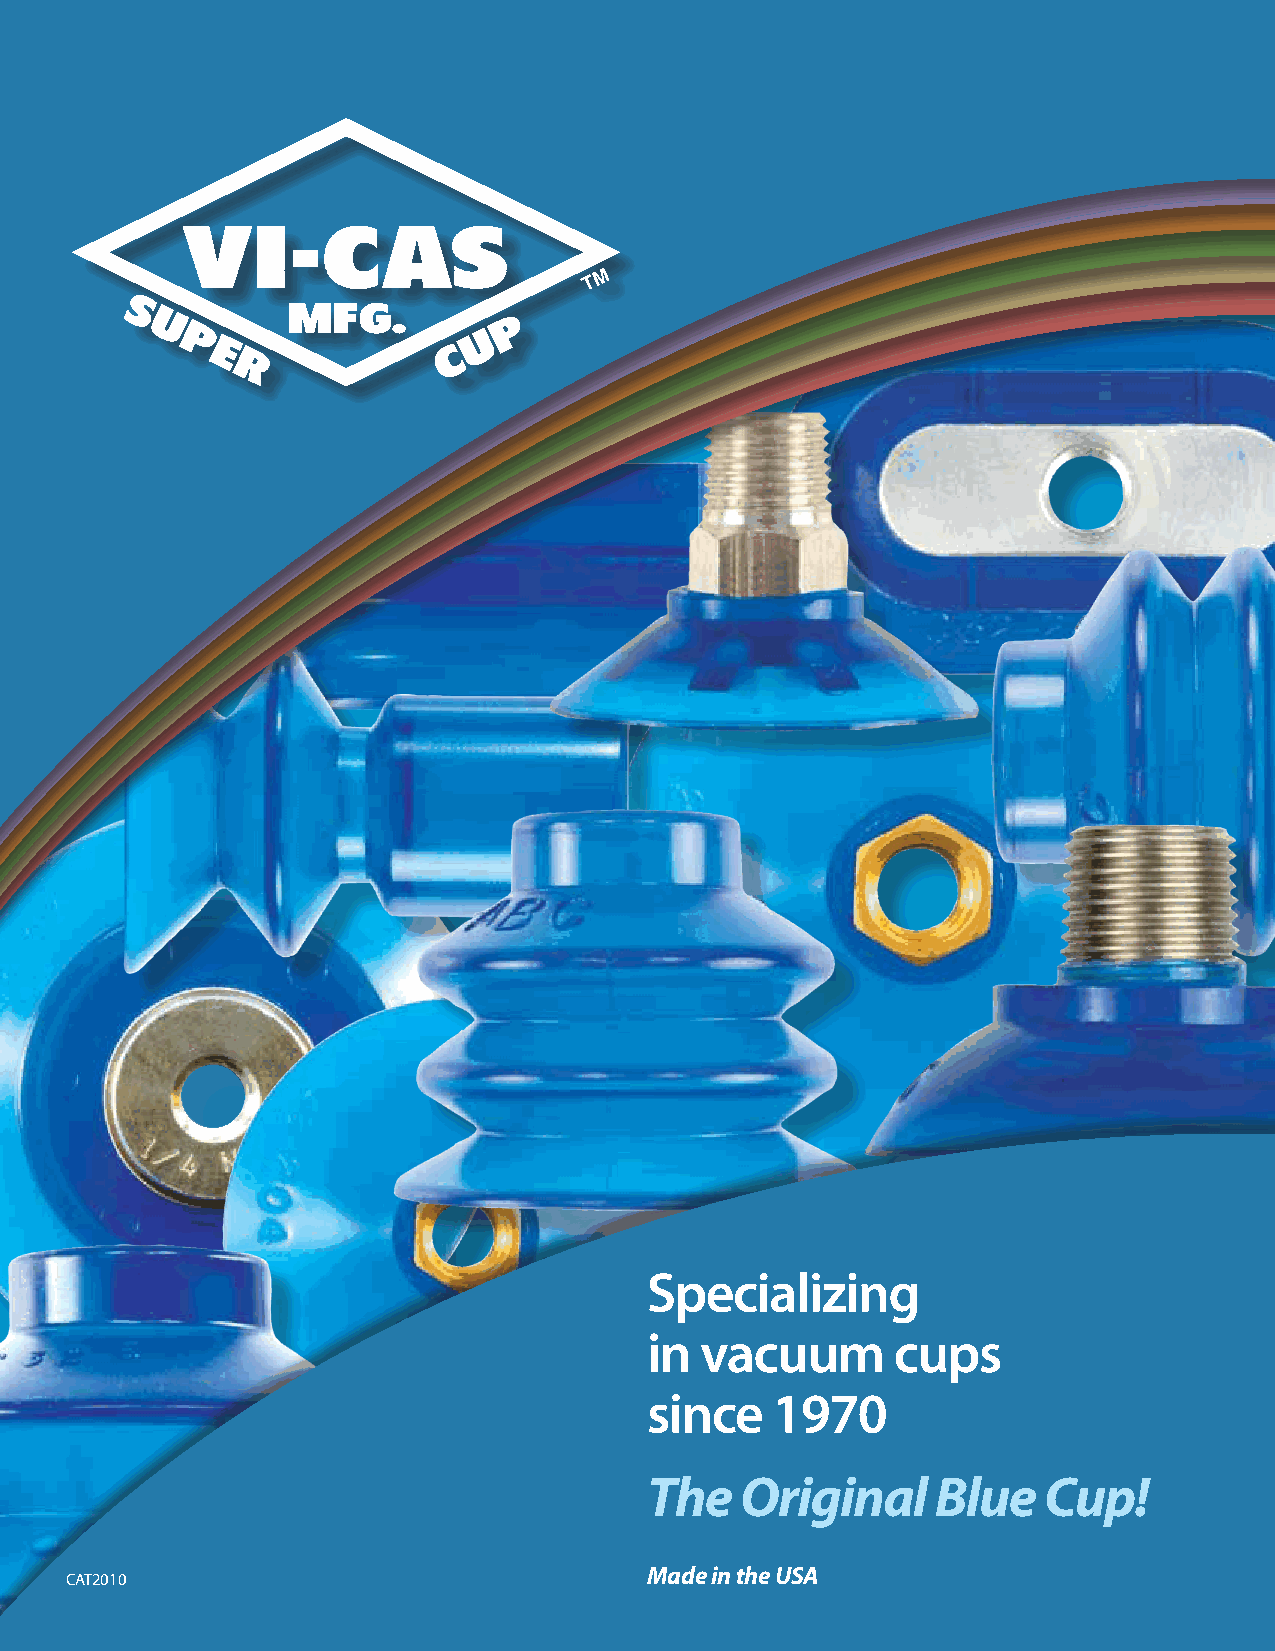
Specializing
 in vacuum       cups
 since   1970
 The   Original     Blue   Cup!
 Made in the USA
 CAT2010